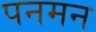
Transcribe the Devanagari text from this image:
पनमन